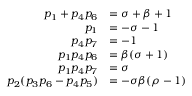
\begin{array} { r l } { p _ { 1 } + p _ { 4 } p _ { 6 } } & { = \sigma + \beta + 1 } \\ { p _ { 1 } } & { = - \sigma - 1 } \\ { p _ { 4 } p _ { 7 } } & { = - 1 } \\ { p _ { 1 } p _ { 4 } p _ { 6 } } & { = \beta ( \sigma + 1 ) } \\ { p _ { 1 } p _ { 4 } p _ { 7 } } & { = \sigma } \\ { p _ { 2 } ( p _ { 3 } p _ { 6 } - p _ { 4 } p _ { 5 } ) } & { = - \sigma \beta ( \rho - 1 ) } \end{array}